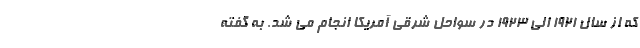
که از سال 1921 الی 1923 در سواحل شرقی آمریکا انجام می شد. به گفته